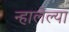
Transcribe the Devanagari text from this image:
न्हालेल्या